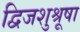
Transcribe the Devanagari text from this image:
द्विजशुश्रूषा